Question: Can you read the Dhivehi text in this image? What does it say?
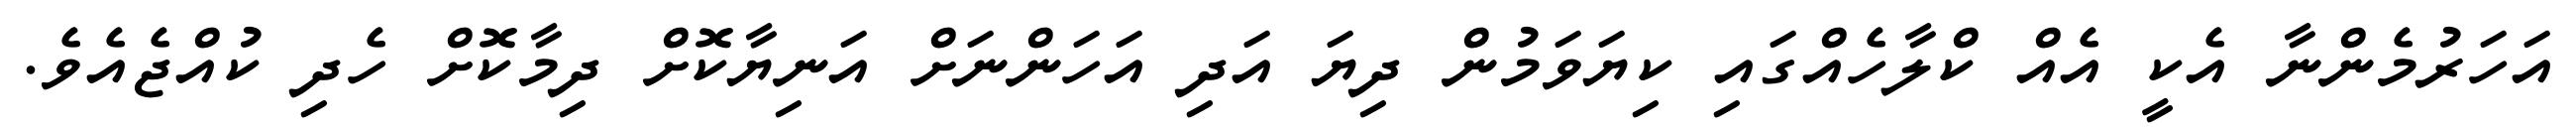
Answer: އަހަރުމެންނާ އެކީ އެއް ކްލާހެއްގައި ކިޔަވަމުން ދިޔަ އަދި އަހަންނަށް އަނިޔާކޮށް ދިމާކޮށް ހެދި ކުއްޖެއެވެ.